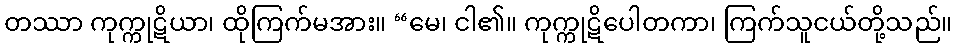
တဿာ ကုက္ကုဋိယာ၊ ထိုကြက်မအား။ “မေ၊ ငါ၏။ ကုက္ကုဋိပေါတကာ၊ ကြက်သူငယ်တို့သည်။